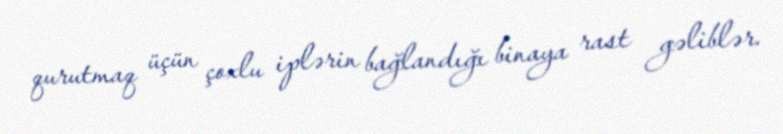
qurutmaq üçün çoxlu iplərin bağlandığı binaya rast gəliblər.